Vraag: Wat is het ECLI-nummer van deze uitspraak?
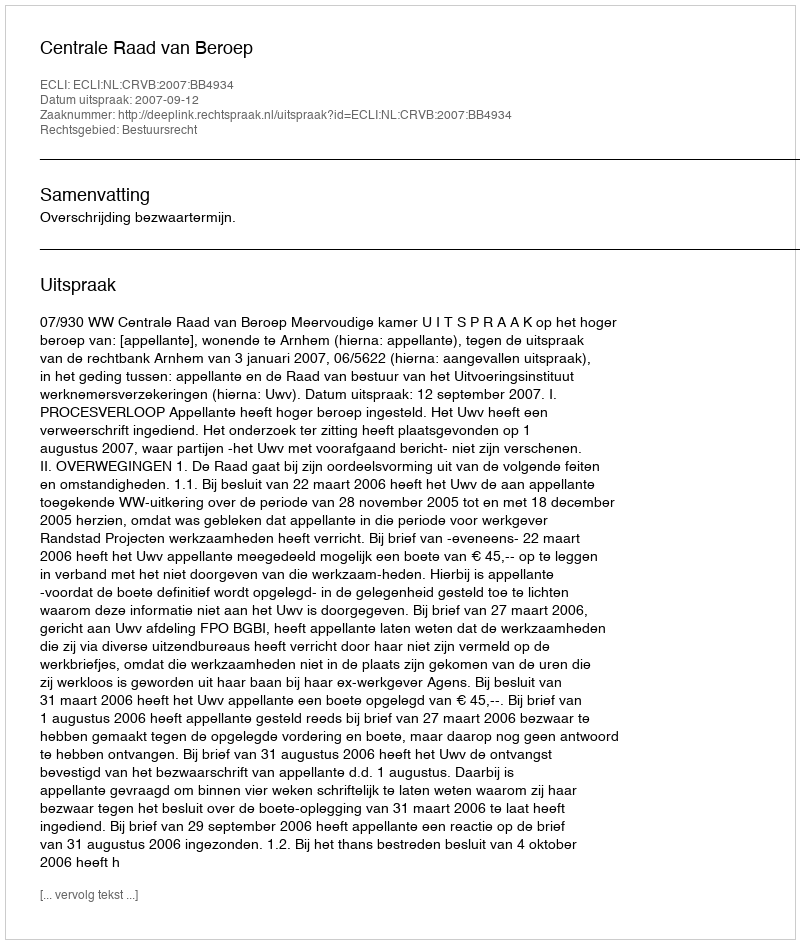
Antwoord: ECLI:NL:CRVB:2007:BB4934